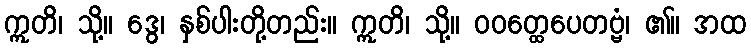
ဣတိ၊ သို့။ ဒွေ၊ နှစ်ပါးတို့တည်း။ ဣတိ၊ သို့။ ဝဝတ္ထေပေတဗ္ဗံ၊ ၏။ အထ